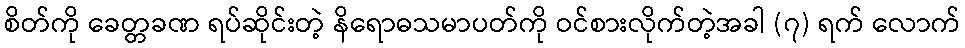
စိတ်ကို ခေတ္တခဏ ရပ်ဆိုင်းတဲ့ နိရောဓသမာပတ်ကို ဝင်စားလိုက်တဲ့အခါ (၇) ရက် လောက်